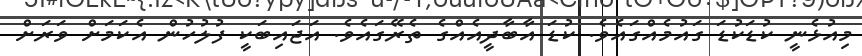
މިއުޅެނީ ކުޑަކުޑަ ގައުމެއްގައެވެ. ކުޑަ އާބާދީއެއްގެ ތެރޭގައެވެ. އަޖައިބަކީ ފުލުހުން އެކަމަށް ވަރަށް